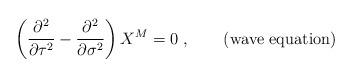
LaTeX: \begin{align*}\left(\frac{\partial^2}{\partial \tau^2} - \frac{\partial^2}{\partial \sigma^2}\right)X^M =0~, \qquad ({\rm wave~equation})\end{align*}